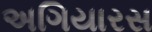
અગિયારસ